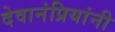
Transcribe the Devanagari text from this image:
देवानंप्रियांनी